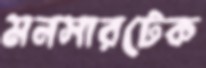
মনসারটেক